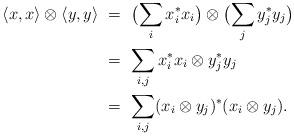
LaTeX: \begin{align*} \left<x,x\right> \otimes \left<y,y\right> &\ = \ \bigl( \sum_i x_i^*x_i\bigr) \otimes\bigl(\sum_jy_j^*y_j\bigr) &\quad& \\ &\ = \ \sum_{i,j} x_i^*x_i \otimes y_j^*y_j \\ &\ = \ \sum_{i,j} (x_i \otimes y_j)^* (x_i \otimes y_j).\end{align*}